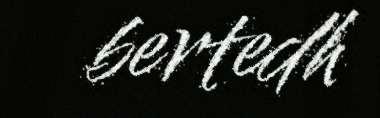
bertedh